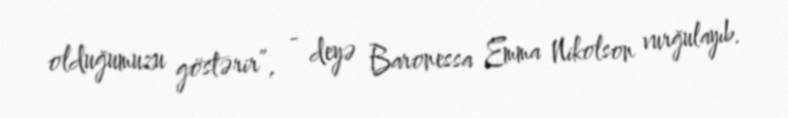
olduğumuzu göstərir”, - deyə Baronessa Emma Nikolson vurğulayıb.